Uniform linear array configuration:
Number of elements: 12
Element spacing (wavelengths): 0.75
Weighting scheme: hamming
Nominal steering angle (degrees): -30
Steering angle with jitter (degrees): -28.907
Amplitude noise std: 0.05
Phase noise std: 0.05

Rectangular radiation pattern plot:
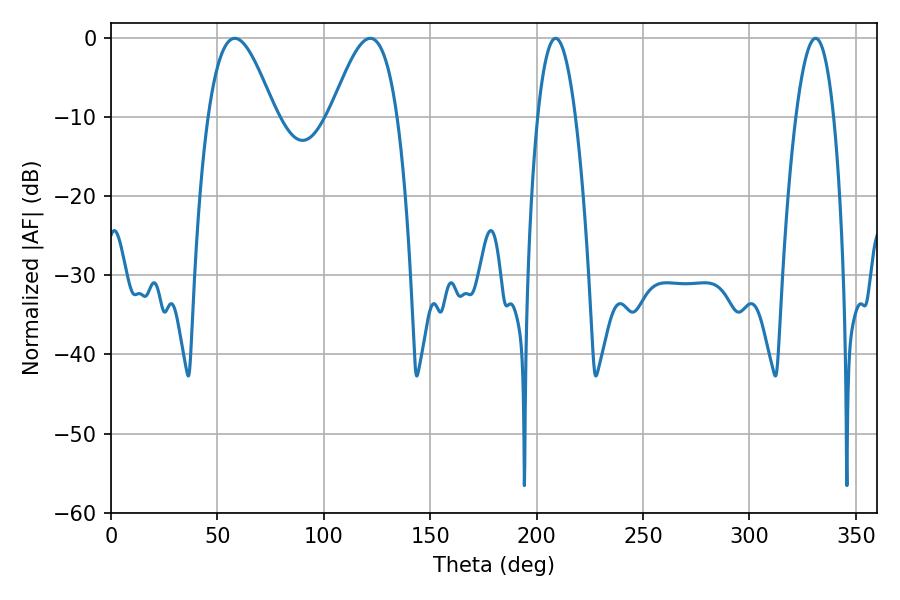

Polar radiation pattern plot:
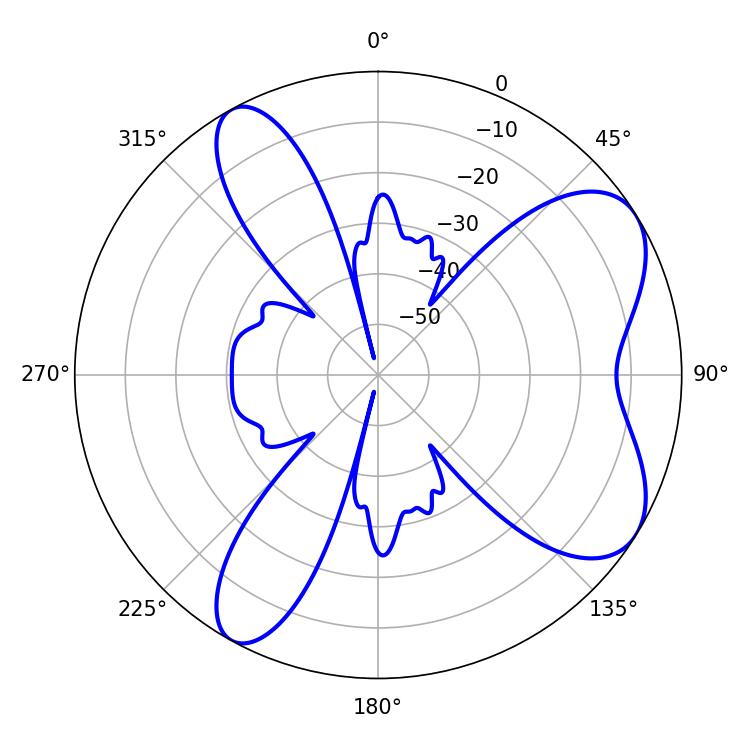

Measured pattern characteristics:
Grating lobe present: TRUE
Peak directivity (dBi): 7.045
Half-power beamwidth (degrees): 16.92
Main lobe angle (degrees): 58.14